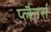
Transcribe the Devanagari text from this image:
प्लैनर्स